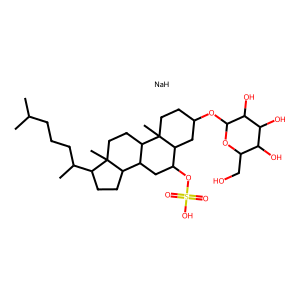
SMILES: CC(C)CCCC(C)C1CCC2C3CC(OS(=O)(=O)O)C4CC(OC5OC(CO)C(O)C(O)C5O)CCC4(C)C3CCC12C.[NaH]
Inhibits HIV replication: No